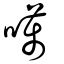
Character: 噧